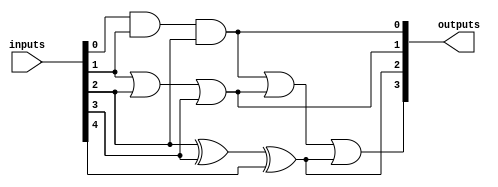
module combinational_logic_block #(
    parameter NUM_INPUTS = 5, // Total number of inputs
    parameter INPUT_WIDTH = 1 // Width of each input (1 for single bit)
)(
    input  wire [NUM_INPUTS*INPUT_WIDTH-1:0] inputs, // Input signals
    output wire [3:0] outputs // Output signals (adjust as necessary)
);

// Define input signals based on the parameterized input width
wire [INPUT_WIDTH-1:0] A = inputs[0*INPUT_WIDTH +: INPUT_WIDTH];
wire [INPUT_WIDTH-1:0] B = inputs[1*INPUT_WIDTH +: INPUT_WIDTH];
wire [INPUT_WIDTH-1:0] C = inputs[2*INPUT_WIDTH +: INPUT_WIDTH];
wire [INPUT_WIDTH-1:0] D = inputs[3*INPUT_WIDTH +: INPUT_WIDTH];
wire [INPUT_WIDTH-1:0] E = inputs[4*INPUT_WIDTH +: INPUT_WIDTH];

// Logic functions for overlapping groups
wire group1_out; // Output for Group 1: {A, B, C}
wire group2_out; // Output for Group 2: {B, C, D}
wire group3_out; // Output for Group 3: {C, D, E}

// Group 1 Logic: AND of A, B, C
assign group1_out = A & B & C;

// Group 2 Logic: OR of B, C, D
assign group2_out = B | C | D;

// Group 3 Logic: XOR of C, D, E
assign group3_out = C ^ D ^ E;

// Generate outputs based on group results
assign outputs[0] = group1_out; // Output for Group 1
assign outputs[1] = group2_out; // Output for Group 2
assign outputs[2] = group3_out; // Output for Group 3
assign outputs[3] = group1_out | group2_out | group3_out; // Combined output

endmodule